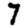
Digit: 7